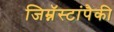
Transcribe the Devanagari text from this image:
जिम्नॅस्टांपैकी